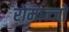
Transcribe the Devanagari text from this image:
रोमान्जो